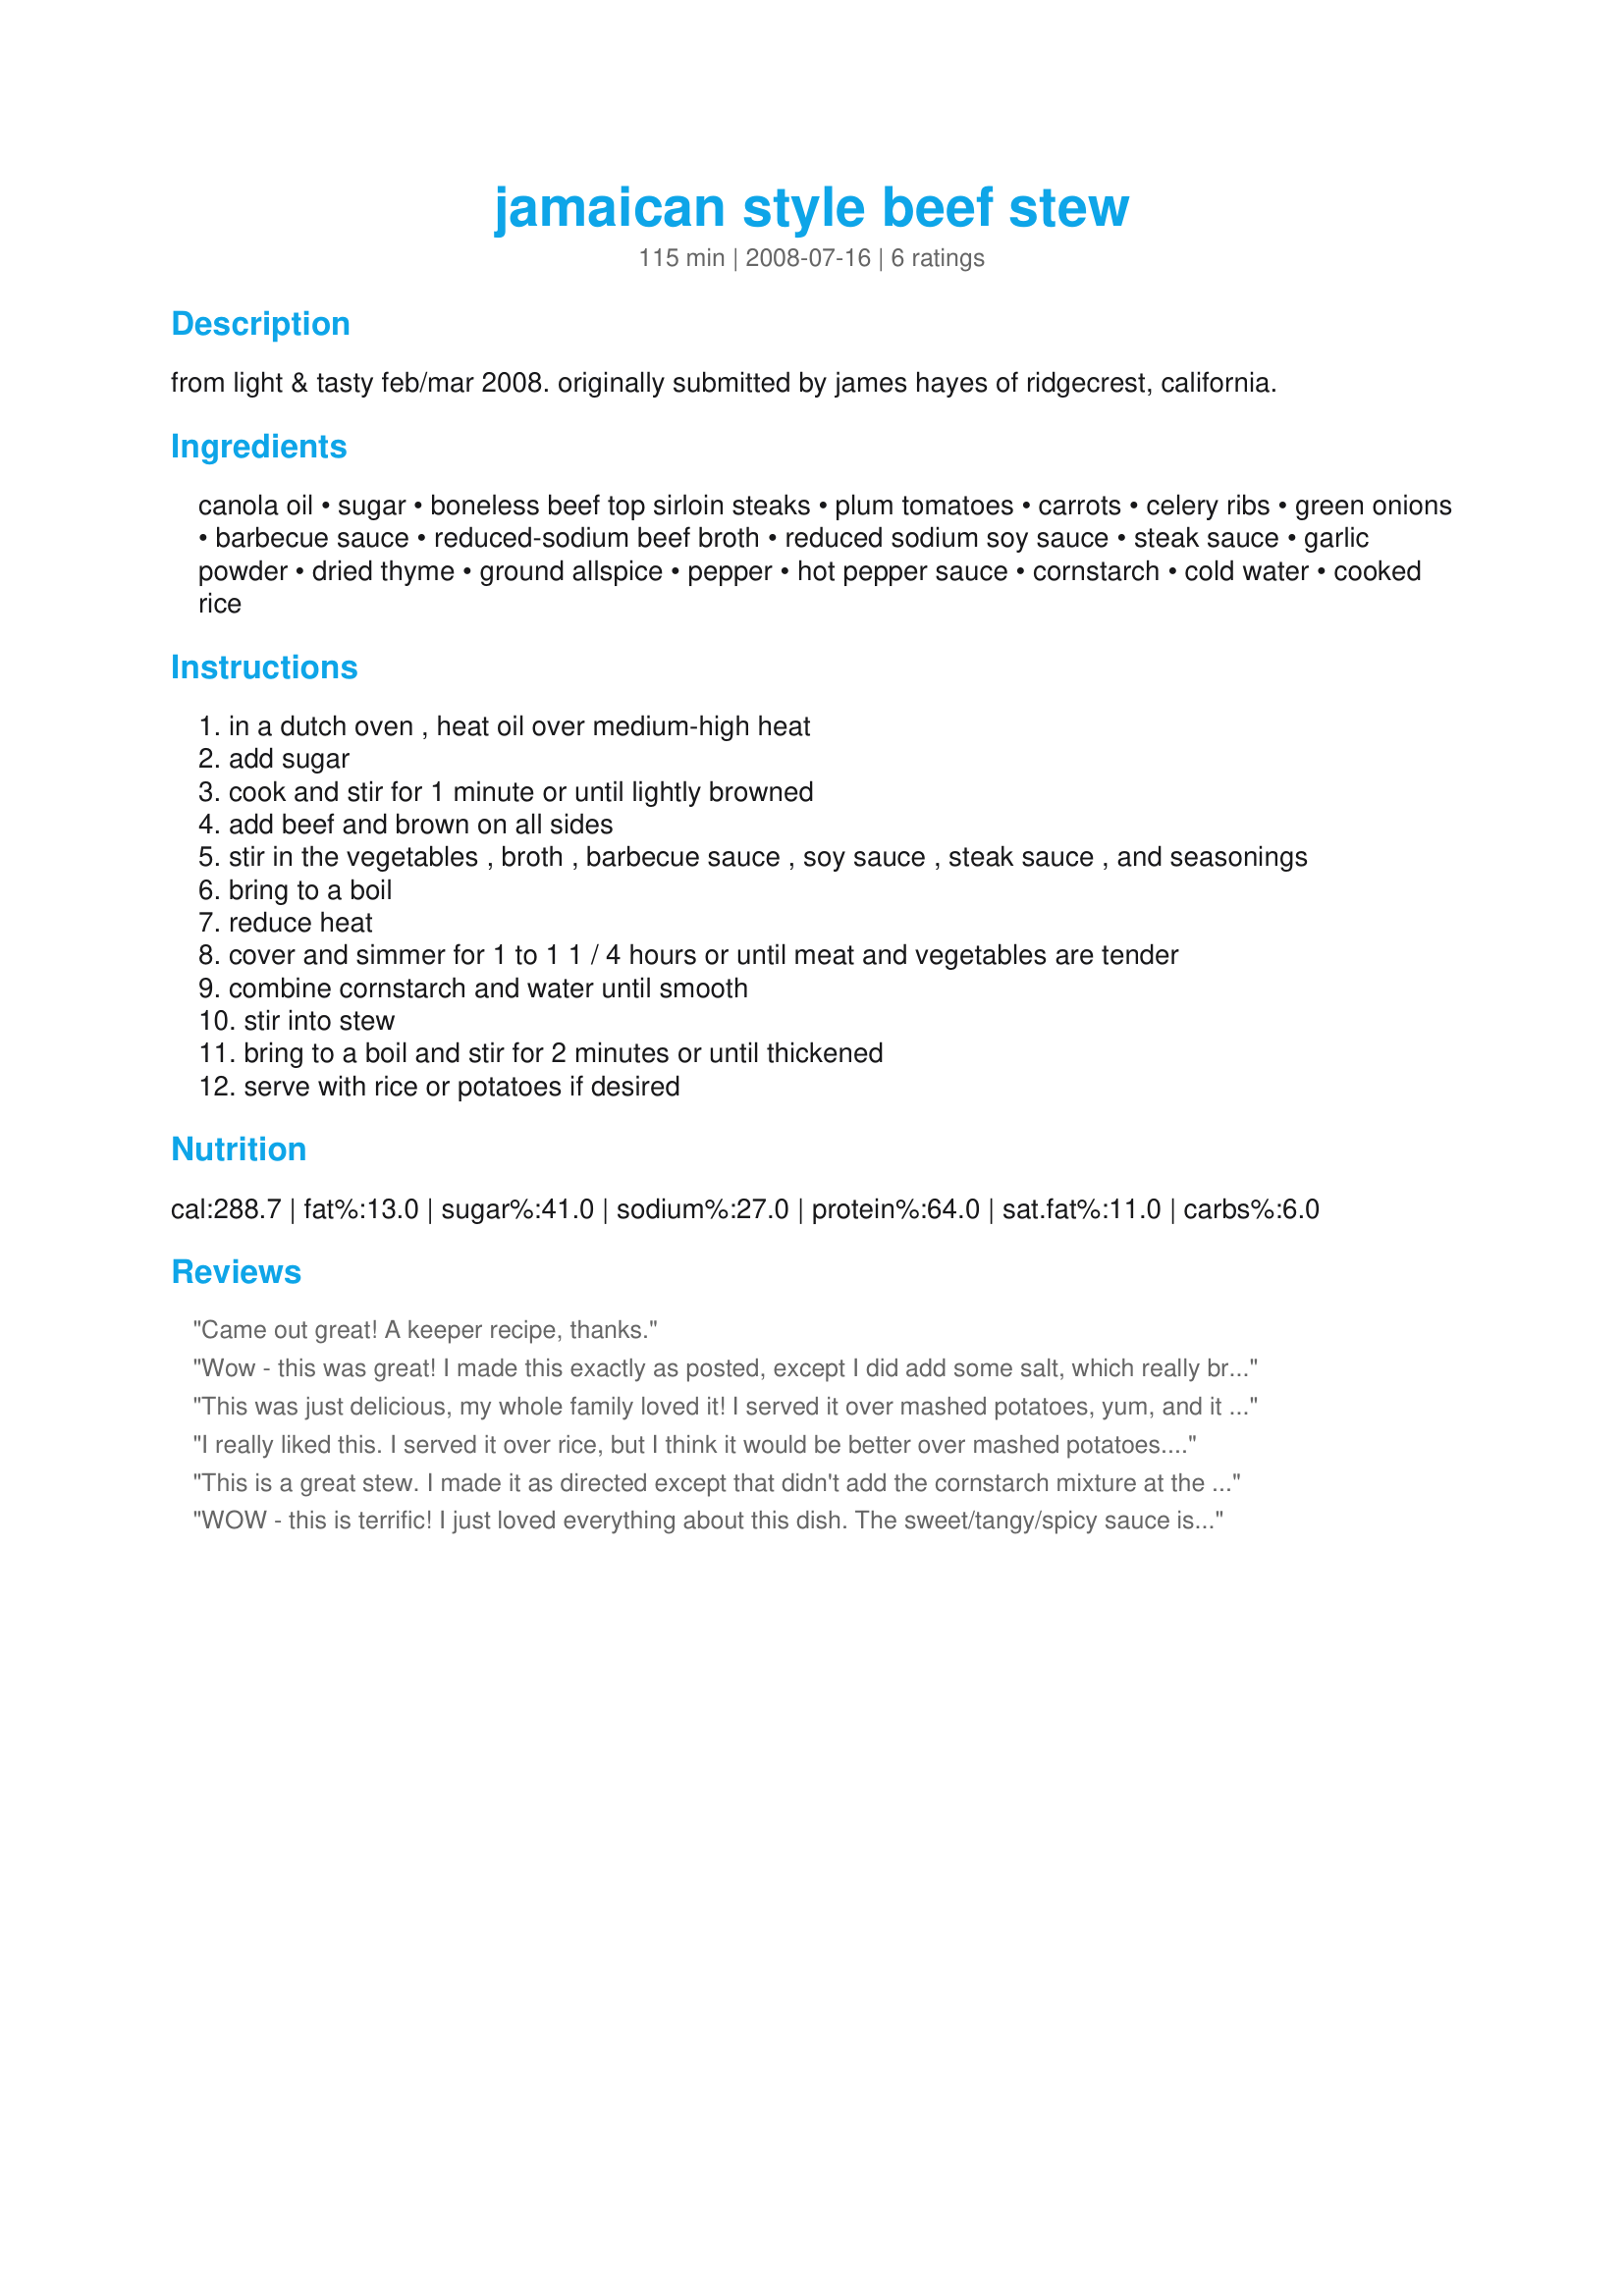
jamaican style beef stew
Preparation time: 115 minutes

from light & tasty feb/mar 2008. originally submitted by james hayes of ridgecrest, california.

Ingredients:
canola oil, sugar, boneless beef top sirloin steaks, plum tomatoes, carrots, celery ribs, green onions, barbecue sauce, reduced-sodium beef broth, reduced sodium soy sauce, steak sauce, garlic powder, dried thyme, ground allspice, pepper, hot pepper sauce, cornstarch, cold water, cooked rice

Steps:
in a dutch oven , heat oil over medium-high heat
add sugar
cook and stir for 1 minute or until lightly browned
add beef and brown on all sides
stir in the vegetables , broth , barbecue sauce , soy sauce , steak sauce , and seasonings
bring to a boil
reduce heat
cover and simmer for 1 to 1 1 / 4 hours or until meat and vegetables are tender
combine cornstarch and water until smooth
stir into stew
bring to a boil and stir for 2 minutes or until thickened
serve with rice or potatoes if desired

Reviews:
Came out great! A keeper recipe, thanks.
Wow - this was great! I made this exactly as posted, except I did add some salt, which really brought out all the other flavors. There's a lot going on in this stew, but it all works together marvelously. I did need to cook this about 1 hour and 20 minutes. Thanks for sharing this very flavorful stew. Made for PRMR Tag Game.
This was just delicious, my whole family loved it! I served it over mashed potatoes, yum, and it smelled so good while it was cooking, thanks :)
I really liked this. I served it over rice, but I think it would be better over mashed potatoes. I'll try it that way next time. Made for Potluck Tag. Thanks for posting!
This is a great stew. I made it as directed except that didn't add the cornstarch mixture at the end because we wanted to try it more as a soup. Easy and filled the house with a great aroma while it was cooking. Thanks Shelby. Made for Newest Zaar Tag.
WOW - this is terrific! I just loved everything about this dish. The sweet/tangy/spicy sauce is great and the meat came out so tender. I served this stew over fresh mashed potatoes and we all just loved it. Thanks for posting this winner!
